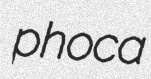
phoca